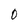
Character: 0